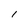
Character: 1